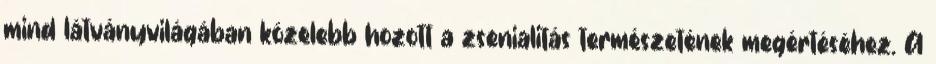
mind látványvilágában közelebb hozott a zsenialitás természetének megértéséhez. A